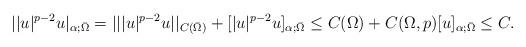
LaTeX: \begin{align*}||u|^{p-2}u|_{\alpha;\bar{\Omega}}=|||u|^{p-2}u||_{C(\bar{\Omega})}+[|u|^{p-2}u]_{\alpha;\bar{\Omega}}\leq C(\Omega)+C(\Omega,p)[u]_{\alpha;\bar{\Omega}}\leq C.\end{align*}